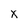
Character: x